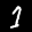
Label: 1